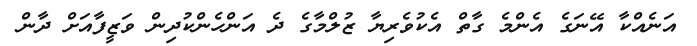
އަނެއްކާ އޭނަގެ އެންމެ ގާތް އެކުވެރިޔާ ޒުލްމާގެ ދެ އަންހެންކުދިން ވަޒީފާއަށް ދާން